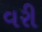
વરી